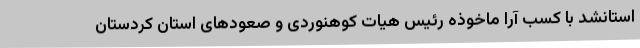
استانشد با کسب آرا ماخوذه رئیس هیات کوهنوردی و صعودهای استان کردستان